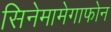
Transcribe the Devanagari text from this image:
सिनेमामेगाफोन